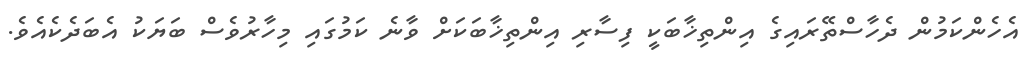
އެހެންކަމުން ދެހާސްތޭރައިގެ އިންތިޚާބަކީ ފިސާރި އިންތިޚާބަކަށް ވާނެ ކަމުގައި މިހާރުވެސް ބަޔަކު އެބަދެކެއެވެ.